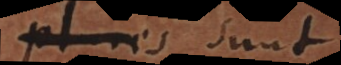
plures sunt